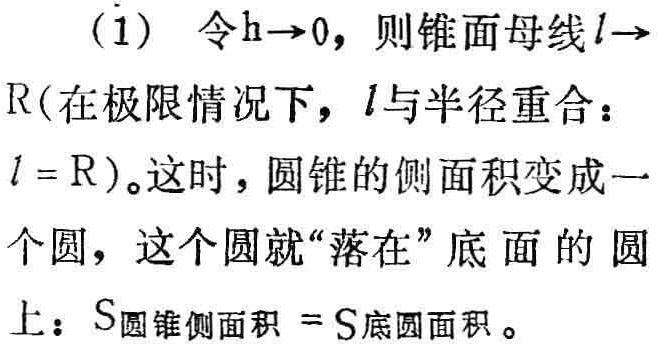
(1) 令\(h\rightarrow0\)，则锥面母线\(l\rightarrow R\)（在极限情况下，\(l\)与半径重合：\(l = R\)）。这时，圆锥的侧面积变成一个圆，这个圆就“落在”底面的圆上：\(S_{圆锥侧面积}=S_{底圆面积}\)。